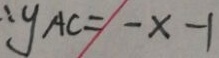
y A C = - x - 1